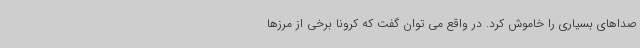
صداهای بسیاری را خاموش کرد. در واقع می توان گفت که کرونا برخی از مرزها